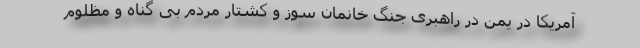
آمریکا در یمن در راهبری جنگ خانمان سوز و کشتار مردم بی گناه و مظلوم